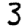
Digit: 3